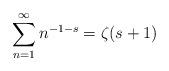
LaTeX: \begin{align*} \sum\limits_{n=1}^{\infty}n^{-1-s}=\zeta (s+1)\end{align*}